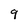
Character: 9